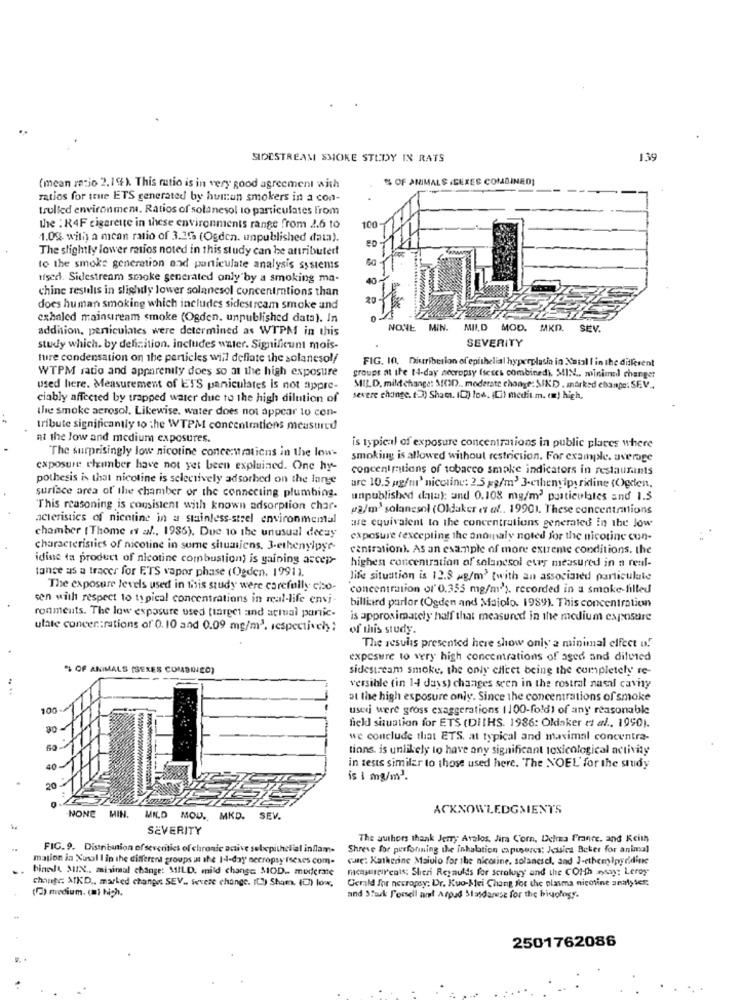
SIDESTREAM SMOKE STUDY IN RATS
139
% OF ANIMALS .SEXES COMBINED!
(mean razjo 2.19). This ratio is in very good agreement with
ratios for que ETS generated by human smokers in a con-
trulled environment. Ratios of solanesol to particulates from
the : R4F cigarette in these environments range from 2.6 to
100-
1.0%. with a mean ratio of 3.25. (Ogden. unpublished data).
The slightly lower ratios noted in this study can be attributett
to the smoke generation and particulate analysis systems
used. Sidestream smoke generated only by a smoking ma-
chine results in slighdy lower solanesol concentrations than
does human smoking which includes sidestream smoke and
cxhaled mainstream smoke (Ogden. unpublished data). In
addition, peniculates were determined as WTPM in this
NONE MIN.
MILD
MOD.
MKD.
SEV
study which. by dehzition. includes water. Significunt mois-
SEVERITY
ture condensation on the particles will deflate the solancsol/
FIG. 10, Distribution of epithelial hyperplasia in Natal I in the different
WTPM ratio and apparently does so at the high exposure
groups at the 14-day necropsy (seces combined), MIN ., minimal changer
used here. Measurement of ETS paniculates is not appre-
MILD, mild change: M(3D ., moderate chonge: SIKD . marked change: SEV ..
ciably affected by trapped water due to the high dilution of
severe change. (3) Shame. 10) low. (Ci) medit.m. (m) high,
the smoke aerosol. Likewise. water does not appear to con-
tribute significantly to the WTPM concentrations measured
at the low and medium exposures.
The surprisingly low nicotine concertmtiens in the low-
is typical of exposure concentrations in public places where
smoking is allowed without restriction. For example. average
exposure elumber have not yet been explained. One hy-
concentmiions of tobacco smoke indicators in restaurants
pothesis is that nicotine is selectively adsorhed on the large
are 10.5 mg/m' nicclinu: 2.5 g/m3 3-cthenylpy ridine (Ogden,
surface area of the chamber of the connecting plumbing.
unpublished data) and 0.108 mg/m3 particulles and 1.3
"This reasoning is consistent with known adsorption char-
#2/m' solanesol (Oldaker es af .. 1990). These concentrations
acteristics of nicotine in a stainless-strel environmental
are equivalent to the concentrations generated in the Jow
chamber [ Thome et al ., 1986). Due 10 the unusual decay
exposure (excepting the anomaly noted for the nicotine cun-
characteristics of nicotine in summe shumjens. 3-ethenylpyr-
centration). As an example of more extreme conditions. the
idine ta product of nicotine combustion) is gaining accep-
tance as a tracer for ETS vapor phase (Ogden. 1991).
highest concentration of solanesol eter measured in a real-
life situation is 12.8 xg/m3 twith an associated particulate
The exposure levels used in this study were carefully cho-
concentration of' 0.355 mg/m''). recorded in a smoke-filled
sen with respect to typical concentrations in real-life envi-
ronments. The low exposure used (target and actual panic-
billiard parlor (Ogden and Majolo. 1989). This concentration
is approximately half that measured in the medium exposure
ulate concer:rations of 0.10 and 0.09 mg/m3, respectively ;
of this study
The results presented here show only a minimal effect of
exposure to very high concentrations of aged and diluied
% OF ANIMALS (SERES COMBINED)
sidestream smoke, the only effect being the completely re-
versible (in 14 days) changes seen in the rostral nasal cavity
at the high exposure only. Since the concentrations of smoke
100
usei were gross exaggerations (100-fold) of any reasonable
80
field situation for ETS (DIIHS. 1986: Oldaker et al ., 1990).
we conclude that ETS, at typical and maximal concentra-
60
tions, is unlikely to have any significant toxicological activity
40
in tests similar to those used here. The NOEL' for the study
is 1 mg/m2.
20
NONC
MIN.
ACKNOWLEDGMENTS
MILD MOU.
MKD.
SEV.
SEVERITY
The authors thank Jerry Avalos. Jira Corn, Delma France. and Keith
FIG. 9. Distribution of sevenities of chronic active sebepithelial inflam.
Shreve for performing the inhalation capuseres: Jessica Beker for animal
mation in Nusal I in the different groups us the 14-day necropsy fsexes com.
cale': Katherine Malolo for the nicoline. solancscl, and 3-ethemipydidine
hinedt MIN ., minimal change: MILD, mild change MOD .. moderate
measurerents; Sheri Reynolds for scrolugy and the COth may: Leroy
chante: MKD ., marked change SEV .. Severe change. Il) Sham. (E) lox,
Gerald Jor necropsy: Dr. Kuo-Mei Chang for the plasma nicotine analyser:
(5) medium. (mi high,
and Stauk Forsell art Arpad Stasdanese for the biology.
2501762086